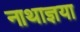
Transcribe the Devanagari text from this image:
नाथाज्ञया